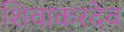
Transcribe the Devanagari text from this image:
शिवाकरदेव